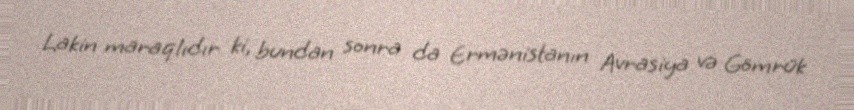
Lakin maraqlıdır ki, bundan sonra da Ermənistanın Avrasiya və Gömrük